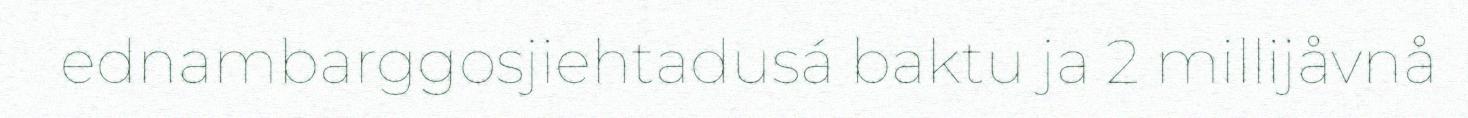
ednambarggosjiehtadusá baktu ja 2 millijåvnå